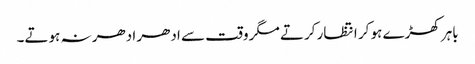
باہر کھڑے ہو کر انتظار کرتے مگر وقت سے ادھر ادھر نہ ہوتے۔